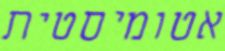
אטומיסטית